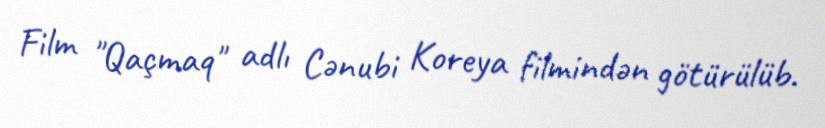
Film "Qaçmaq" adlı Cənubi Koreya filmindən götürülüb.